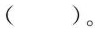
()。